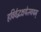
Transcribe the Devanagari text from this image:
हविर्वद्भक्षयेत्स्वयम्